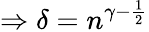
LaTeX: \Rightarrow\delta=n^{\gamma-{\frac{1}{2}}}